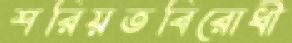
শরিয়তবিরোধী